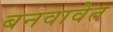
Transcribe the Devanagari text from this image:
बनवावेत